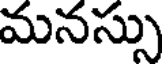
మనస్సు